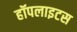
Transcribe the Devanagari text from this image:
हॉपलाइटस